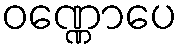
ဝဏ္ဏောပေ